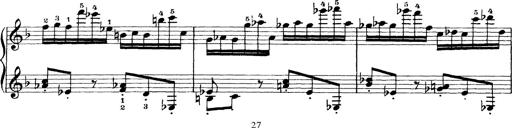
Title: Scherzo und Marsch
Composer: Franz Liszt